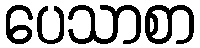
ပေသာစာ